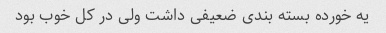
یه خورده بسته بندی ضعیفی داشت ولی در کل خوب بود